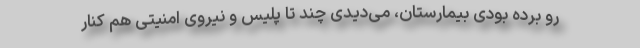
رو برده بودی بیمارستان، می‌دیدی چند تا پلیس و نیروی امنیتی هم کنار